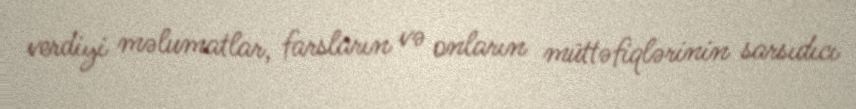
verdiyi məlumatlar, farsların və onların müttəfiqlərinin sarsıdıcı